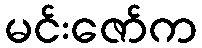
မင်းဇော်က